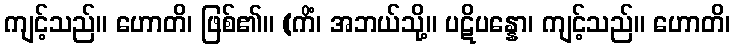
ကျင့်သည်။ ဟောတိ၊ ဖြစ်၏။ (ကိံ၊ အဘယ်သို့။ ပဋိပန္နော၊ ကျင့်သည်။ ဟောတိ၊